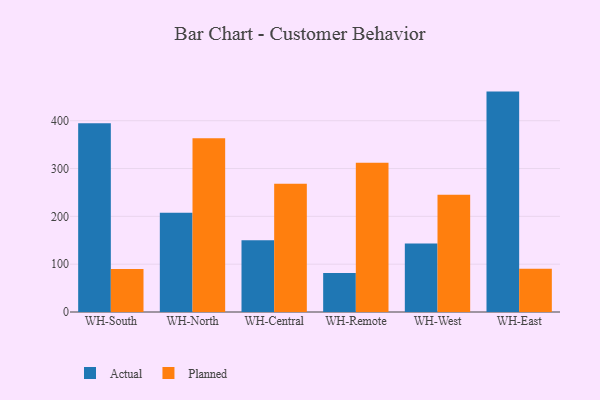
{"axis": {"x": "Warehouse", "y": "Tickets Resolved"}, "legend": ["Actual", "Planned"], "data": [{"x": "WH-South", "y": 394.8, "type": "Actual"}, {"x": "WH-South", "y": 89.7, "type": "Planned"}, {"x": "WH-North", "y": 207.7, "type": "Actual"}, {"x": "WH-North", "y": 363.2, "type": "Planned"}, {"x": "WH-Central", "y": 150.0, "type": "Actual"}, {"x": "WH-Central", "y": 268.1, "type": "Planned"}, {"x": "WH-Remote", "y": 81.4, "type": "Actual"}, {"x": "WH-Remote", "y": 312.2, "type": "Planned"}, {"x": "WH-West", "y": 143.3, "type": "Actual"}, {"x": "WH-West", "y": 245.4, "type": "Planned"}, {"x": "WH-East", "y": 460.9, "type": "Actual"}, {"x": "WH-East", "y": 90.7, "type": "Planned"}]}